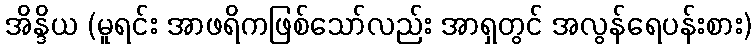
အိန္ဒိယ (မူရင်း အာဖရိကဖြစ်သော်လည်း အာရှတွင် အလွန်ရေပန်းစား)